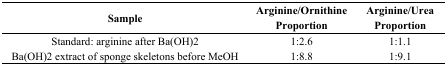
<table><thead><tr><td><b>Sample</b></td><td><b>Arginine/Ornithine Proportion</b></td><td><b>Arginine/Urea Proportion</b></td></tr></thead><tbody><tr><td>Standard: arginine after Ba(OH)2</td><td>1:2.6</td><td>1:1.1</td></tr><tr><td>Ba(OH)2 extract of sponge skeletons before MeOH</td><td>1:8.8</td><td>1:9.1</td></tr></tbody></table>